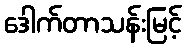
ဒေါက်တာသန်းမြင့်